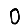
Digit: 0